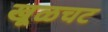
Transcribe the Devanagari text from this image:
खूळचट